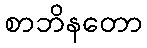
စာဘိနတော